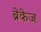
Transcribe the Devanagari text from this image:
ब्रेकेज